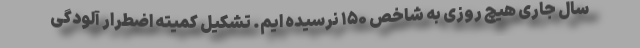
سال جاری هیچ روزی به شاخص ۱۵۰ نرسیده ایم. تشکیل کمیته اضطرار آلودگی